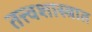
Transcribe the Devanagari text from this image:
तत्त्वशास्त्रात